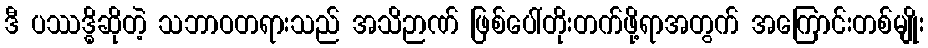
ဒီ ပဿဒ္ဓိဆိုတဲ့ သဘာဝတရားသည် အသိဉာဏ် ဖြစ်ပေါ်တိုးတက်ဖို့ရာအတွက် အကြောင်းတစ်မျိုး